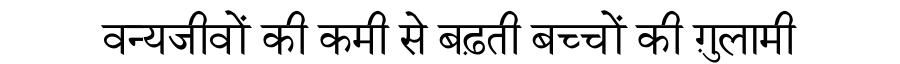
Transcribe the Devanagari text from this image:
वन्यजीवों की कमी से बढ़ती बच्चों की ग़ुलामी